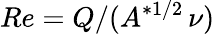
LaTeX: Re=Q/(A^{*1/2}\, \nu)